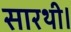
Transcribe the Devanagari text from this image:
सारथी।